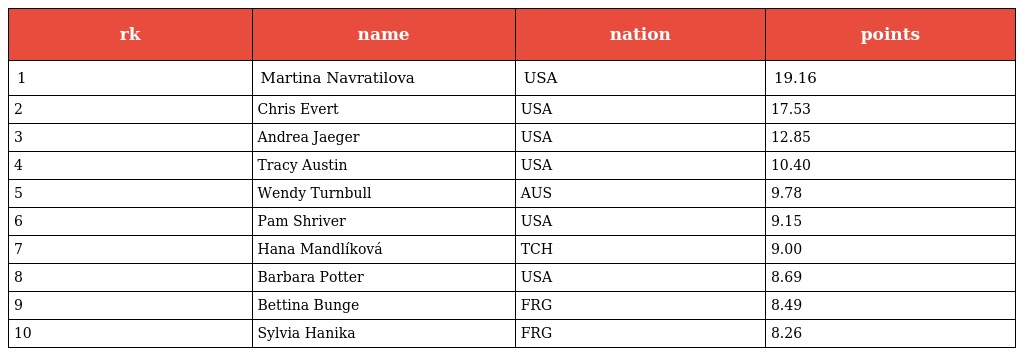
| rk | name | nation | points |
 | --- | --- | --- | --- |
 | 1 | Martina Navratilova | USA | 19.16 |
 | 2 | Chris Evert | USA | 17.53 |
 | 3 | Andrea Jaeger | USA | 12.85 |
 | 4 | Tracy Austin | USA | 10.40 |
 | 5 | Wendy Turnbull | AUS | 9.78 |
 | 6 | Pam Shriver | USA | 9.15 |
 | 7 | Hana Mandlíková | TCH | 9.00 |
 | 8 | Barbara Potter | USA | 8.69 |
 | 9 | Bettina Bunge | FRG | 8.49 |
 | 10 | Sylvia Hanika | FRG | 8.26 |